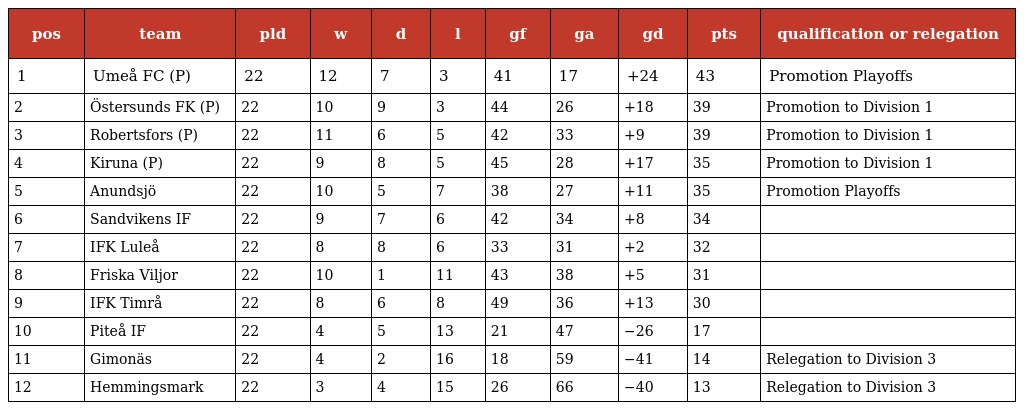
| pos | team | pld | w | d | l | gf | ga | gd | pts | qualification or relegation |
 | --- | --- | --- | --- | --- | --- | --- | --- | --- | --- | --- |
 | 1 | Umeå FC (P) | 22 | 12 | 7 | 3 | 41 | 17 | +24 | 43 | Promotion Playoffs |
 | 2 | Östersunds FK (P) | 22 | 10 | 9 | 3 | 44 | 26 | +18 | 39 | Promotion to Division 1 |
 | 3 | Robertsfors (P) | 22 | 11 | 6 | 5 | 42 | 33 | +9 | 39 | Promotion to Division 1 |
 | 4 | Kiruna (P) | 22 | 9 | 8 | 5 | 45 | 28 | +17 | 35 | Promotion to Division 1 |
 | 5 | Anundsjö | 22 | 10 | 5 | 7 | 38 | 27 | +11 | 35 | Promotion Playoffs |
 | 6 | Sandvikens IF | 22 | 9 | 7 | 6 | 42 | 34 | +8 | 34 |  |
 | 7 | IFK Luleå | 22 | 8 | 8 | 6 | 33 | 31 | +2 | 32 |  |
 | 8 | Friska Viljor | 22 | 10 | 1 | 11 | 43 | 38 | +5 | 31 |  |
 | 9 | IFK Timrå | 22 | 8 | 6 | 8 | 49 | 36 | +13 | 30 |  |
 | 10 | Piteå IF | 22 | 4 | 5 | 13 | 21 | 47 | −26 | 17 |  |
 | 11 | Gimonäs | 22 | 4 | 2 | 16 | 18 | 59 | −41 | 14 | Relegation to Division 3 |
 | 12 | Hemmingsmark | 22 | 3 | 4 | 15 | 26 | 66 | −40 | 13 | Relegation to Division 3 |